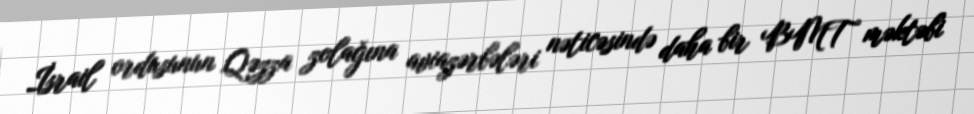
İsrail ordusunun Qəzza zolağına aviazərbələri nəticəsində daha bir BMT məktəbi